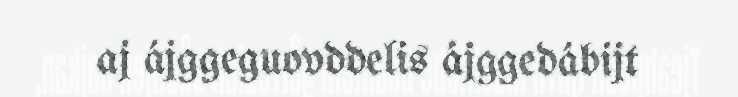
aj ájggeguovddelis ájggedábijt